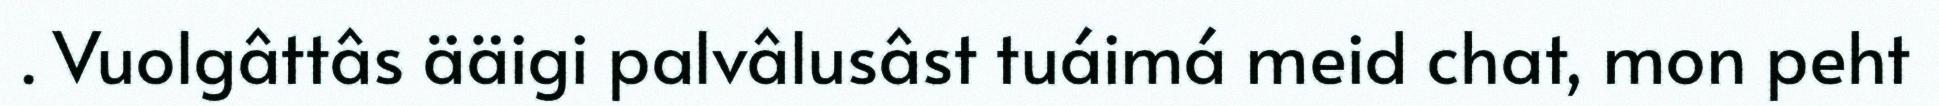
. Vuolgâttâs ääigi palvâlusâst tuáimá meid chat, mon peht